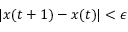
| x ( t + 1 ) - x ( t ) | < \epsilon